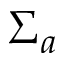
\Sigma _ { a }